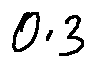
0 . 3